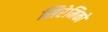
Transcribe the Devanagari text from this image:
सिरेमिकों